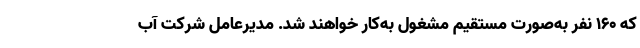
که ۱۶۰ نفر به‌صورت مستقیم مشغول به‌کار خواهند شد. مدیرعامل شرکت آب